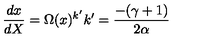
\frac { d x } { d X } = \Omega ( x ) ^ { k ^ { \prime } } k ^ { \prime } = \frac { - ( \gamma + 1 ) } { 2 \alpha }